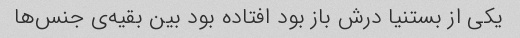
یکی از بستنیا درش باز بود افتاده بود بین بقیه‌ی جنس‌ها